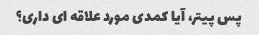
پس پیتر، آیا کمدی مورد علاقه ای داری؟